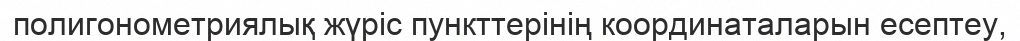
полигонометриялық жүріс пункттерінің координаталарын есептеу,